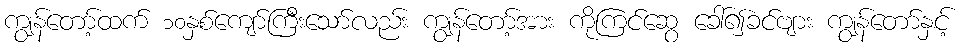
ကျွန်တော့်ထက် ၁၀နှစ်ကျော်ကြီးသော်လည်း ကျွန်တော့်အား ကိုကြင်ဆွေ ခေါ်၍ခင်ဗျား ကျွန်တော်နှင့်